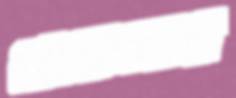
কোরাজনের